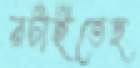
রটাইতেছ